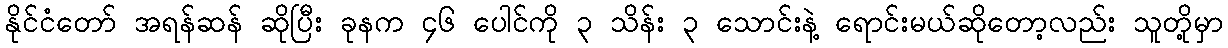
နိုင်ငံတော် အရန်ဆန် ဆိုပြီး ခုနက ၄၆ ပေါင်ကို ၃ သိန်း ၃ သောင်းနဲ့ ရောင်းမယ်ဆိုတော့လည်း သူတို့မှာ